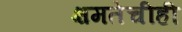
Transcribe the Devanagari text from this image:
क्षमतेचीही